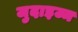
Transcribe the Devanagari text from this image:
जुदाइज्म